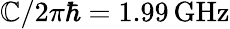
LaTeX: \mathbb{C}/2\pi\hbar=1.99\, \mathrm{{GHz}}